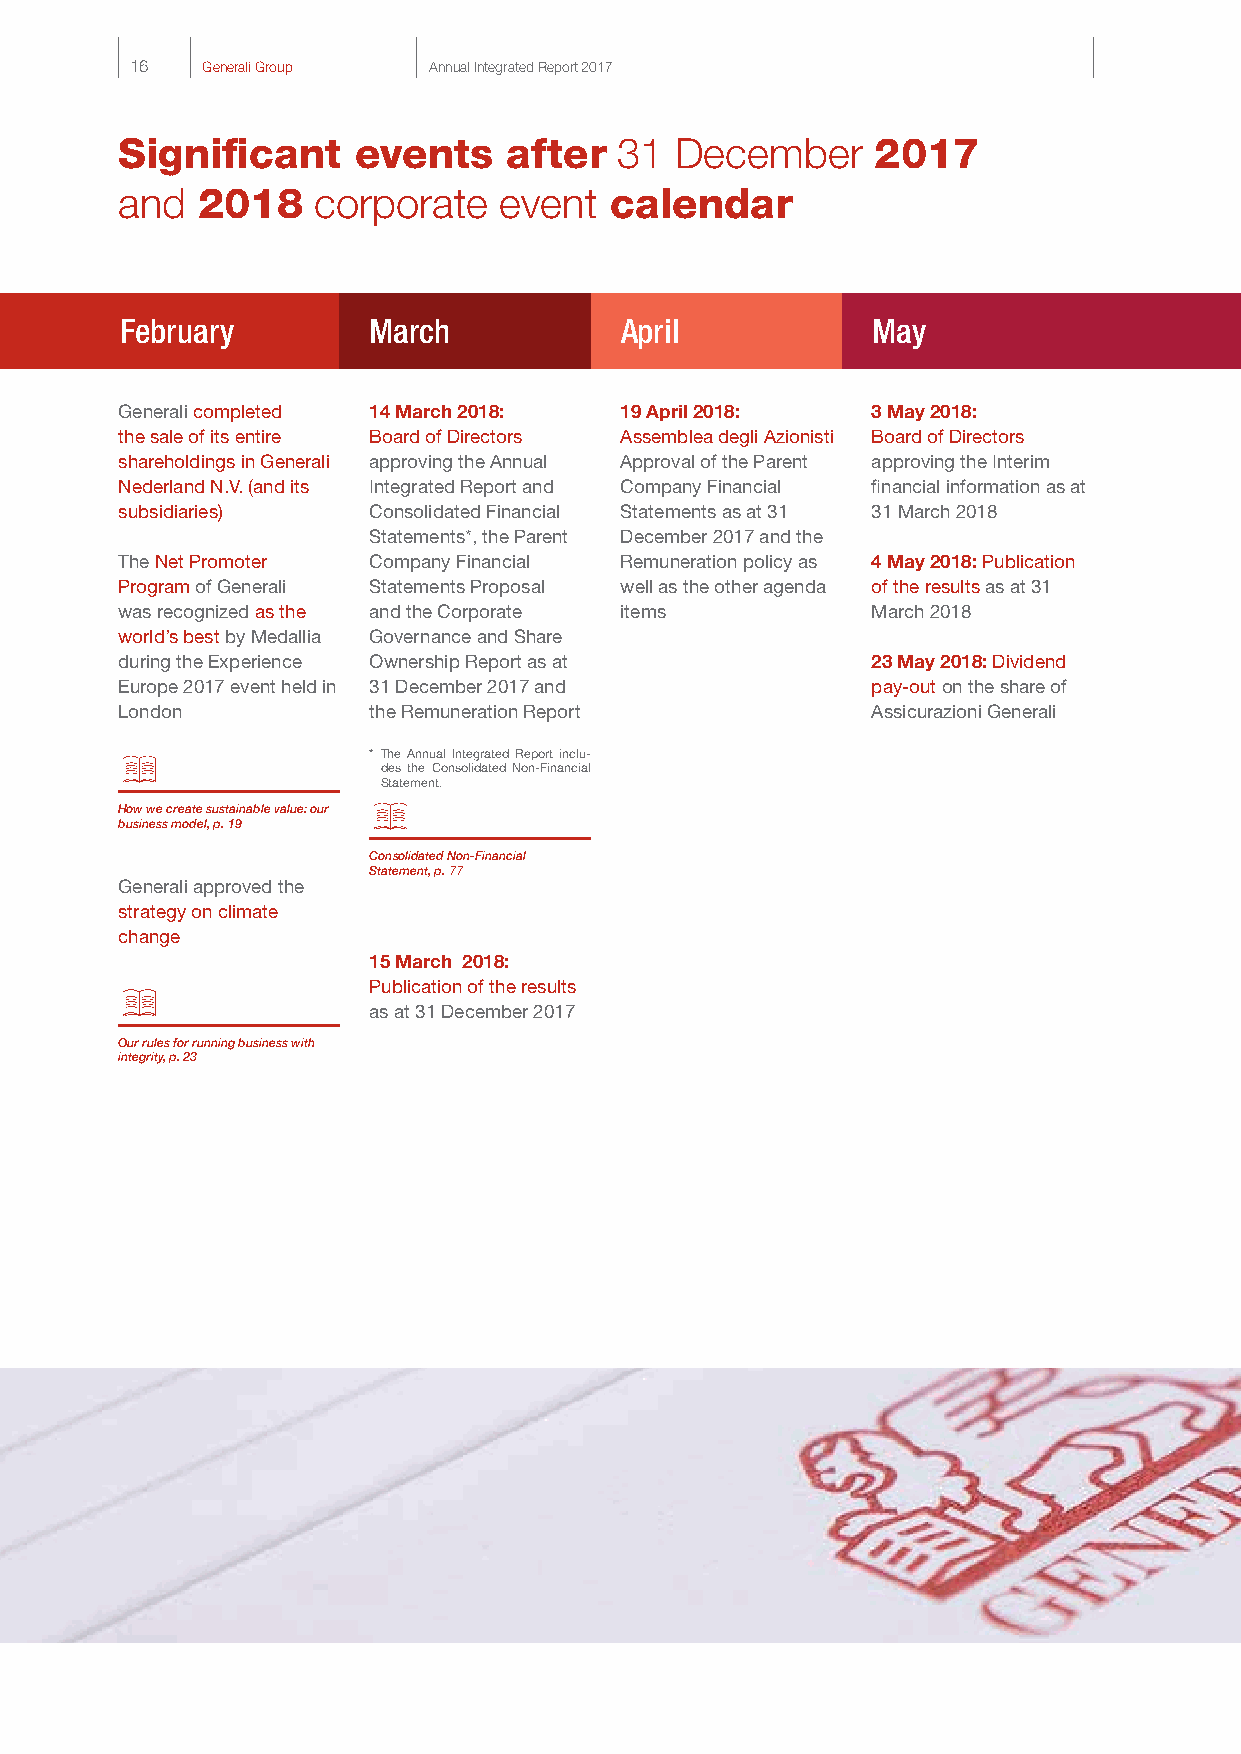
16  Generali Group Annual Integrated Report 2017
 Significant    events     after  31  December     2017
 and  2018    corporate   event  calendar
 February        March            April            May
 Generali completed 14 March 2018: 19 April 2018:  3 May 2018:
 the sale of its entire Board of Directors Assemblea degli Azionisti Board of Directors
 shareholdings in Generali approving the Annual Approval of the Parent approving the Interim
 Nederland N.V. (and its Integrated Report and Company Financial financial information as at
 subsidiaries)   Consolidated Financial Statements as at 31 31 March 2018
 Statements*, the Parent December 2017 and the
 The Net Promoter Company Financial Remuneration policy as 4 May 2018: Publication
 Program of Generali Statements Proposal well as the other agenda of the results as at 31
 was recognized as the and the Corporate items     March 2018
 world’s best by Medallia Governance and Share
 during the Experience Ownership Report as at      23 May 2018: Dividend
 Europe 2017 event held in 31 December 2017 and    pay-out on the share of
 London          the Remuneration Report           Assicurazioni Generali
 * The Annual Integrated Report inclu-
 des the Consolidated Non-Financial
 Statement.
 How we create sustainable value: our
 business model, p. 19
 Consolidated Non-Financial
 Statement, p. 77
 Generali approved the
 strategy on climate
 change
 15 March 2018:
 Publication of the results
 as at 31 December 2017
 Our rules for running business with
 integrity, p. 23